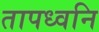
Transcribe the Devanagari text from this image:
तापध्वनि